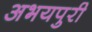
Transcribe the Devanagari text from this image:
अभयपुरी